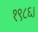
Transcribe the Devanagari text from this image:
१९८६।